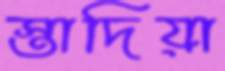
স্তাদিয়া